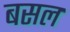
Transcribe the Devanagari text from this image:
बसल